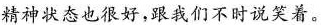
精神状态也很好，跟我们不时说笑着。